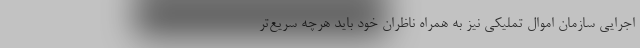
اجرایی سازمان اموال تملیکی نیز به همراه ناظران خود باید هرچه سریع‌تر